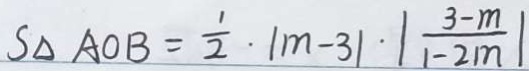
S _ { \Delta A O B } = \frac { 1 } { 2 } \cdot \vert m - 3 \vert \cdot \vert \frac { 3 - m } { 1 - 2 m } \vert